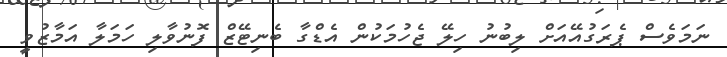
ނަމަވެސް ޕެރަގުއޭއަށް ލިބުނު ހިލޭ ޖެހުމަކުން އެޑްގާ ބެނިޓޭޒް ފޮނުވާލި ހަމަލާ އަމާޒުވީ